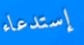
إستدعاء